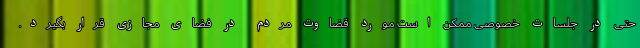
حتی در جلسات خصوصی ممکن است مورد قضاوت مردم در فضای مجازی قرار بگیرد.